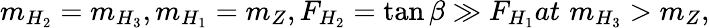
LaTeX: m_{H_{2}}=m_{H_{3}},m_{H_{1}}=m_{Z},F_{H_{2}}=\tan\beta\gg F_{H_{1}}at\, \, m_{H_{3}}>m_{Z},